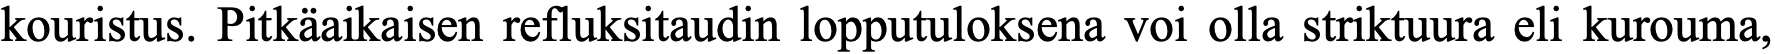
kouristus. Pitkäaikaisen refluksitaudin lopputuloksena voi olla striktuura eli kurouma,